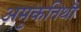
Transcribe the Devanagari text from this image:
अमुकतिथौ